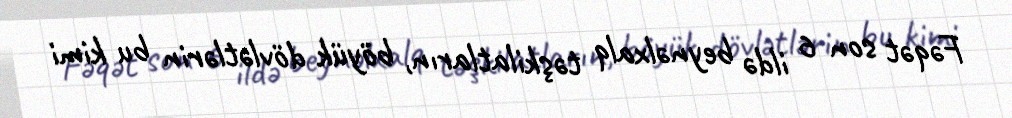
Fəqət son 6 ildə beynəlxalq təşkilatların, böyük dövlətlərin bu kimi